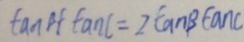
\tan B f \tan C = 2 \tan B \tan C